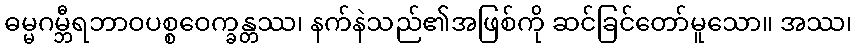
ဓမ္မဂမ္ဘီရဘာဝပစ္စဝေက္ခန္တဿ၊ နက်နဲသည်၏အဖြစ်ကို ဆင်ခြင်တော်မူသော။ အဿ၊